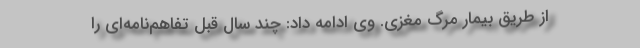
از طریق بیمار مرگ مغزی. وی ادامه داد: چند سال قبل تفاهم‌نامه‌ای را